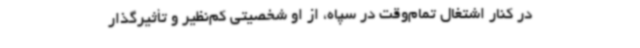
در کنار اشتغال تمام‌وقت در سپاه، از او شخصیتی کم‌نظیر و تأثیرگذار